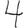
Digit: 4